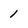
Character: 1